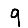
Digit: 9